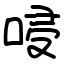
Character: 唚